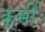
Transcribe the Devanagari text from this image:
कूर्मीः